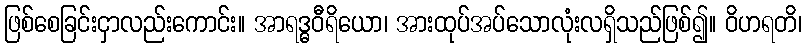
ဖြစ်စေခြင်းငှာလည်းကောင်း။ အာရဒ္ဓဝီရိယော၊ အားထုပ်အပ်သောလုံးလရှိသည်ဖြစ်၍။ ဝိဟရတိ၊